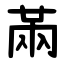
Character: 㒼